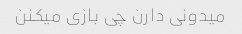
میدونی دارن چی بازی میکنن